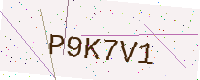
Text: P9K7V1